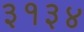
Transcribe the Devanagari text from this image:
३१३४